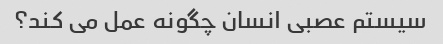
سیستم عصبی انسان چگونه عمل می کند؟